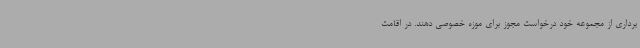
برداری از مجموعه خود درخواست مجوز برای موزه خصوصی دهند. در اقامت‌